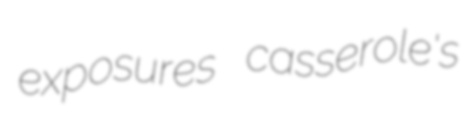
exposures casserole's